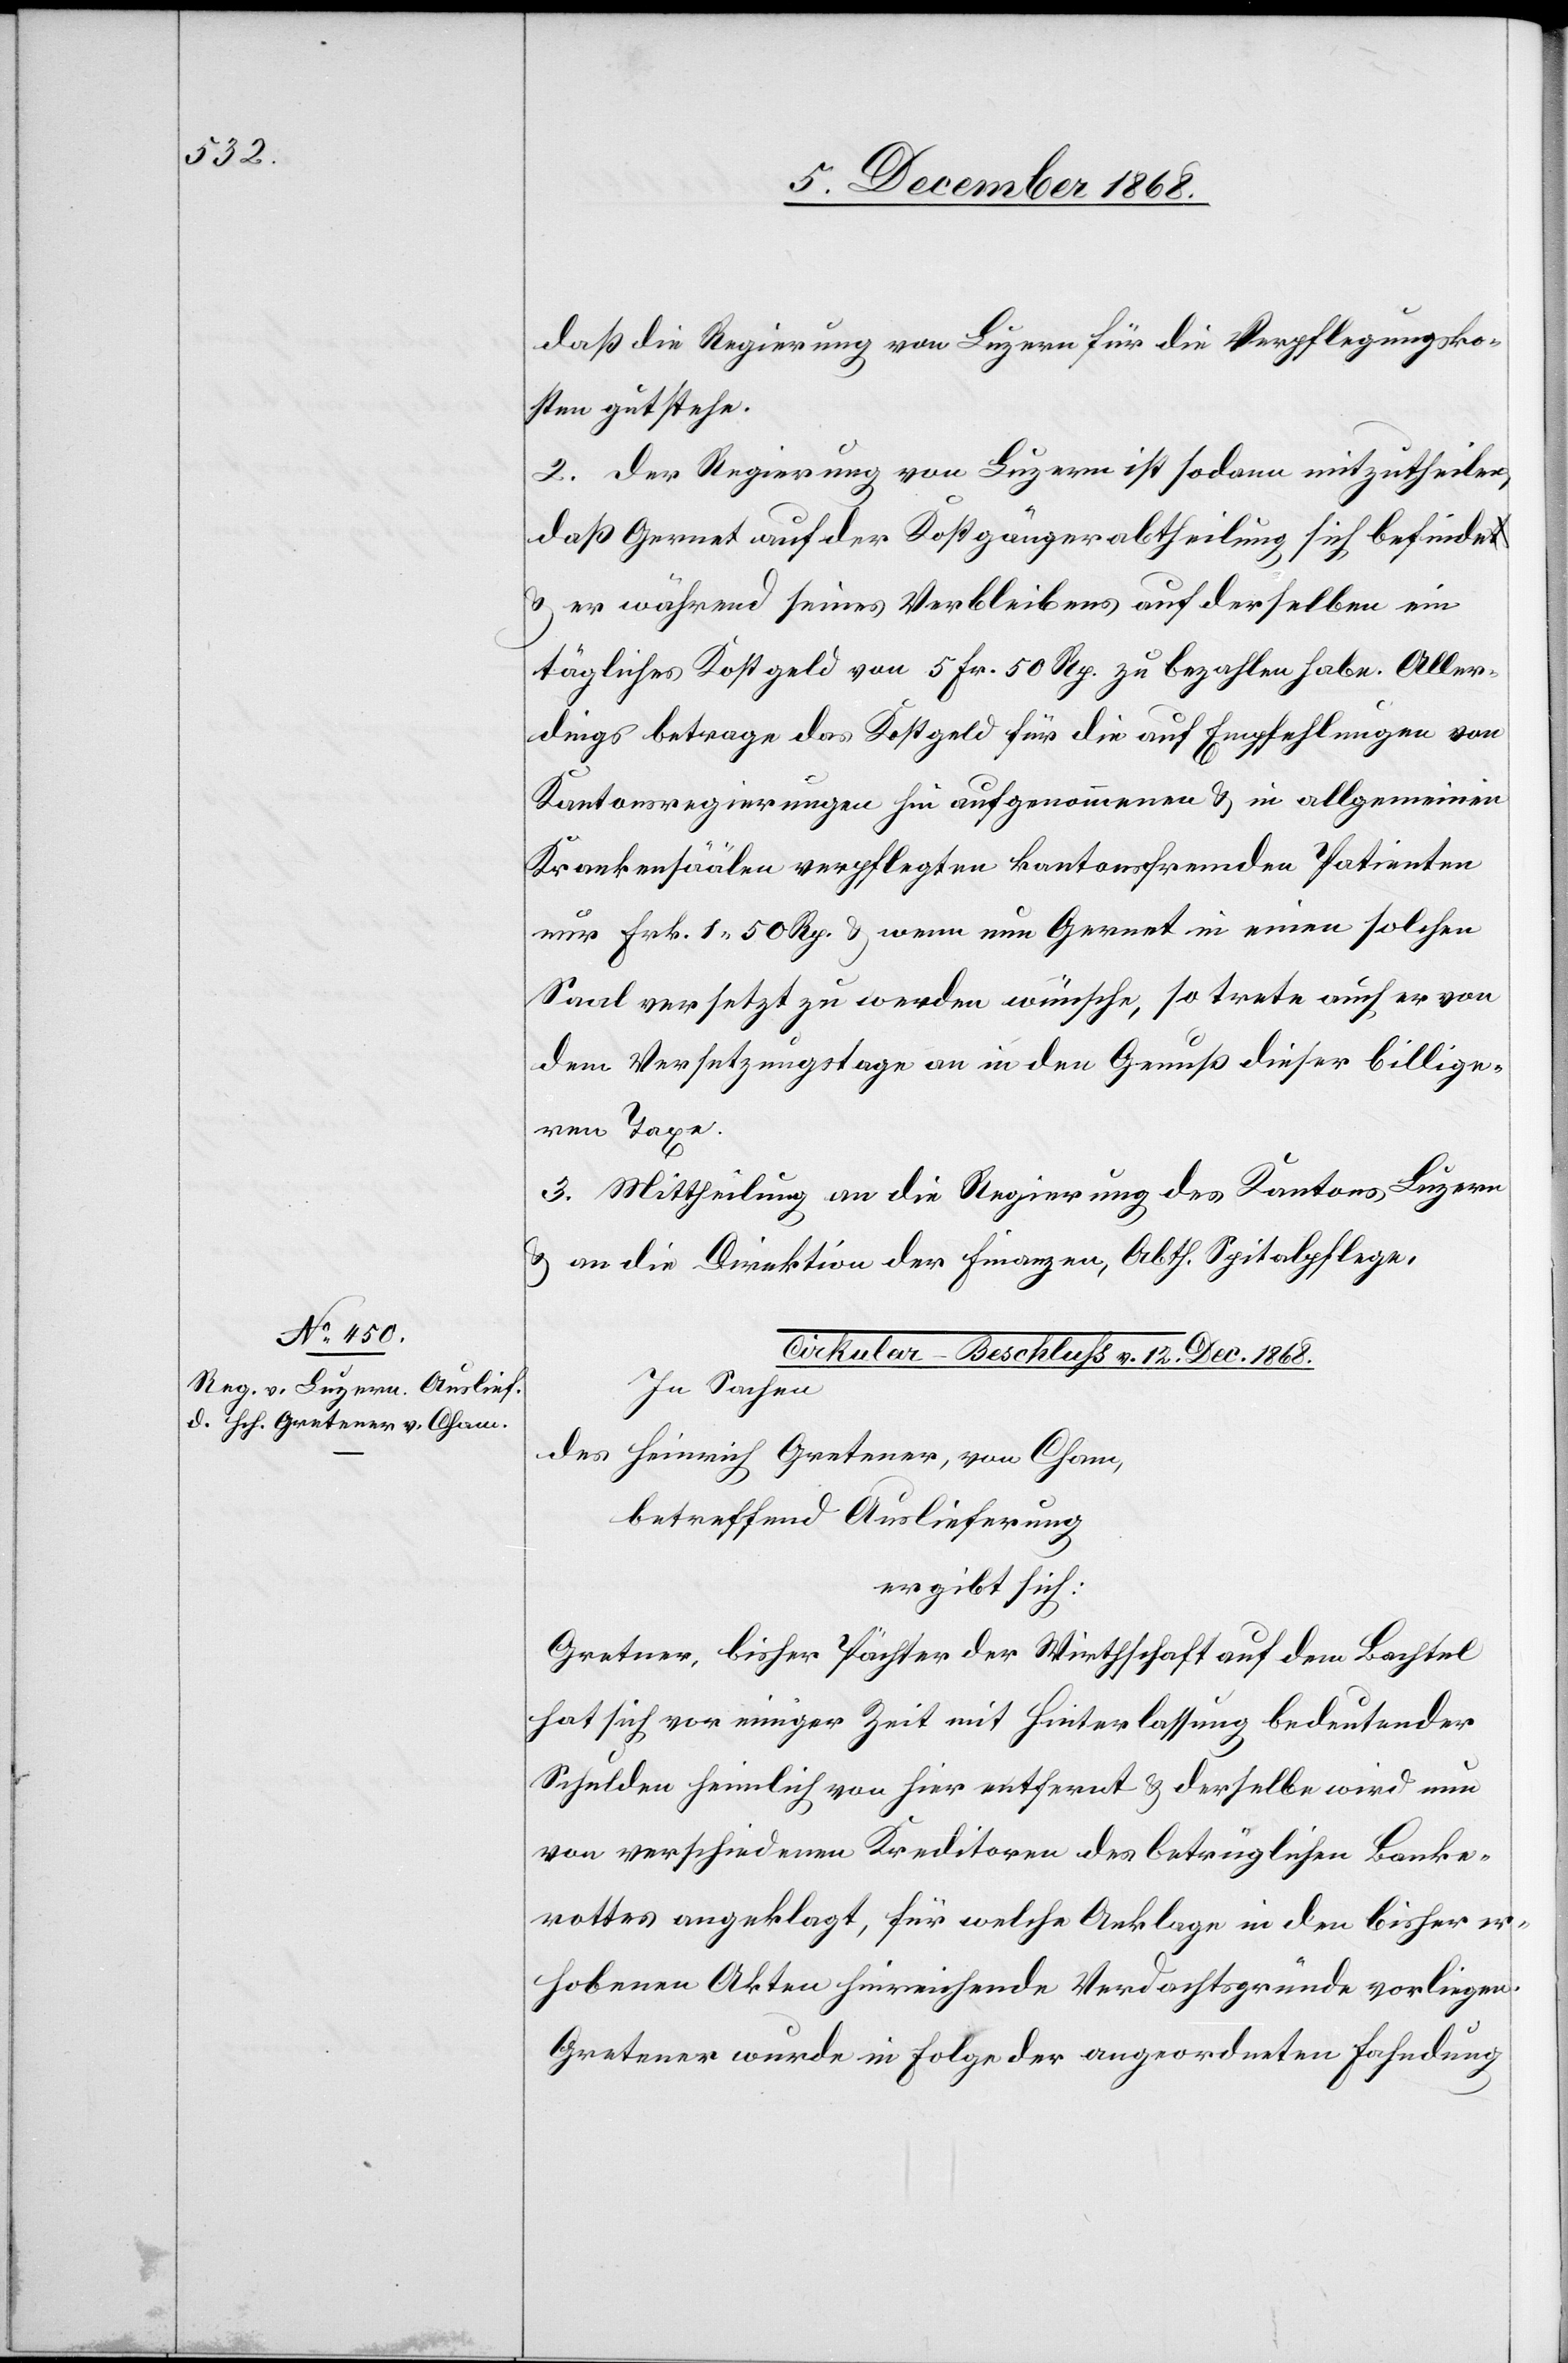
daß die Regierung von Luzern für die Verpflegungsko¬
sten gutstehe.
2. Der Regierung von Luzern ist sodann mitzutheilen,
daß Gernet auf der Kostgängerabtheilung sich befinde
& er während seines Verbleibens auf derselben ein
tägliches Kostgeld von 5 Fr. 50 Rp. zu bezahlen habe. Aller¬
dings betrage das Kostgeld für die auf Empfehlungen von
Kantonsregierungen hin aufgenommenen & in allgemeinen
Krankensäälen verpflegten kantonsfremden Patienten
nur Frk. 1 50 Rp. & wenn nun Gernet in einen solchen
Saal versetzt zu werden wünsche, so trete auch er von
dem Versetzungstage an in den Genuß dieser billige¬
ren Taxe.
3. Mittheilung an die Regierung des Kantons Luzern
& an die Direktion der Finanzen, Abth. Spitalpflege.
Cirkular-Beschluss v. 12. Dec. 1868.
In Sachen
des Heinrich Gretener, von Cham,
betreffend Auslieferung
ergibt sich:
Gretner [sic!], bisher Pächter der Wirthschaft auf dem Bachtel
hat sich vor einiger Zeit mit Hinterlassung bedeutender
Schulden heimlich von hier entfernt & derselbe wird nun
von verschiedenen Kreditoren des betrüglichen Banke¬
rottes angeklagt, für welche Anklage in den bisher er¬
hobenen Akten hinreichende Verdachtsgründe vorliegen.
Gretener wurde in Folge der angeordneten Fahndung